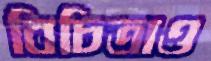
বিচিত্রাও